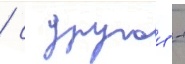
/ с другои -